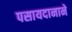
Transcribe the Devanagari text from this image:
पसायदानाने